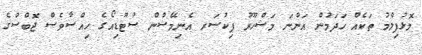
މޮޅުފިލްމު ތަކެއް ހަދަމުން އަންނަ މަޝްހޫރު ޕިކުސަރ އެނިމޭޝްން ސުޓޫޑިއޯގެ ހިއްސާވެސް ޖޮބްސްގެ